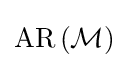
\operatorname {AR} \left({\mathcal {M}}\right)